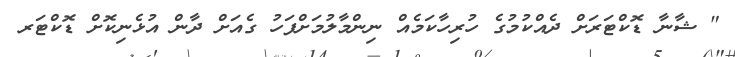
" ޝާނާ ޑޮކްޓަރަށް ދެއްކުމުގެ ހުރިހާކަމެއް ނިންމާލުމަށްފަހު ގެއަށް ދާން އުޅެނިކޮށް ޑޮކްޓަރ